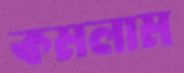
কমলাম